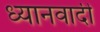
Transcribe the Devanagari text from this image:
ध्यानवादी